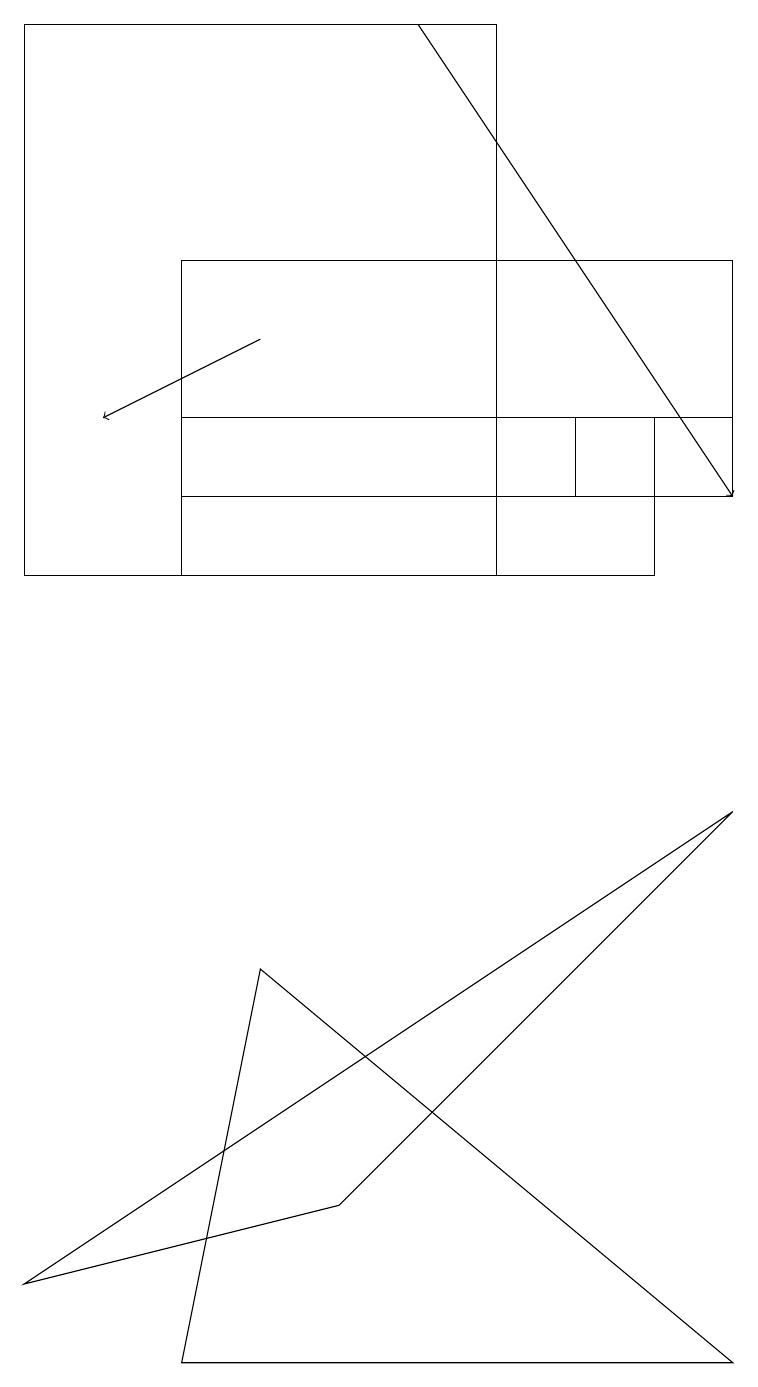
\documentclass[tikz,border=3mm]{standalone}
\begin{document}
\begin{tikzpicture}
\draw[->] (5,17) -- (9,11);
\draw (9,7) -- (0,1) -- (4,2) -- cycle;
\draw (6,17) rectangle (0,10);
\draw (9,11) rectangle (2,14);
\draw (2,10) rectangle (8,12);
\draw[->] (3,13) -- (1,12);
\draw (9,0) -- (3,5) -- (2,0) -- cycle;
\draw (9,11) rectangle (7,12);
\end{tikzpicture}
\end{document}